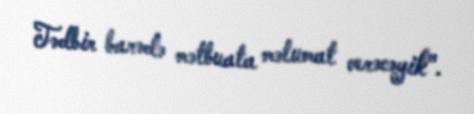
Tədbir barədə mətbuata məlumat verəcəyik".